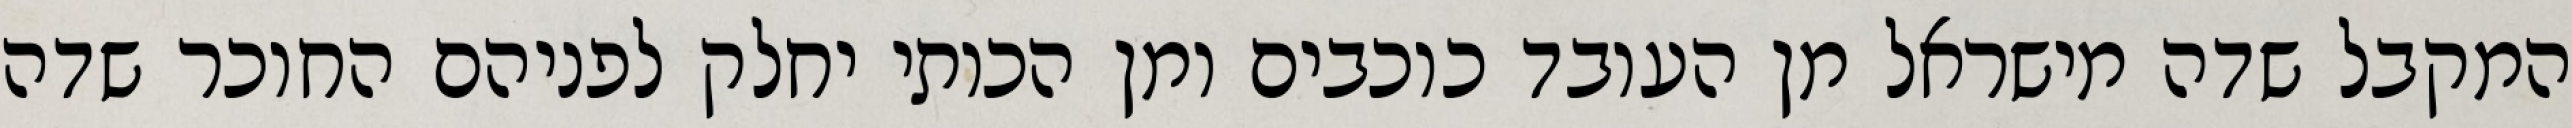
המקבל שדה מישראל מן העובד כוכבים ומן הכותי יחלק לפניהם החוכר שדה